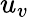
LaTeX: u_{v}